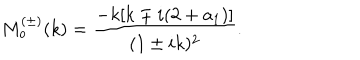
M _ { o } ^ { ( \pm ) } ( k ) = \frac { - k [ k \mp i ( 2 + a _ { 1 } ) ] } { ( 1 \pm i k ) ^ { 2 } } .